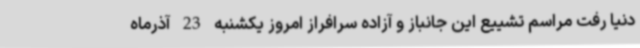
دنیا رفت مراسم تشییع این جانباز و آزاده سرافراز امروز یکشنبه 23 آذرماه